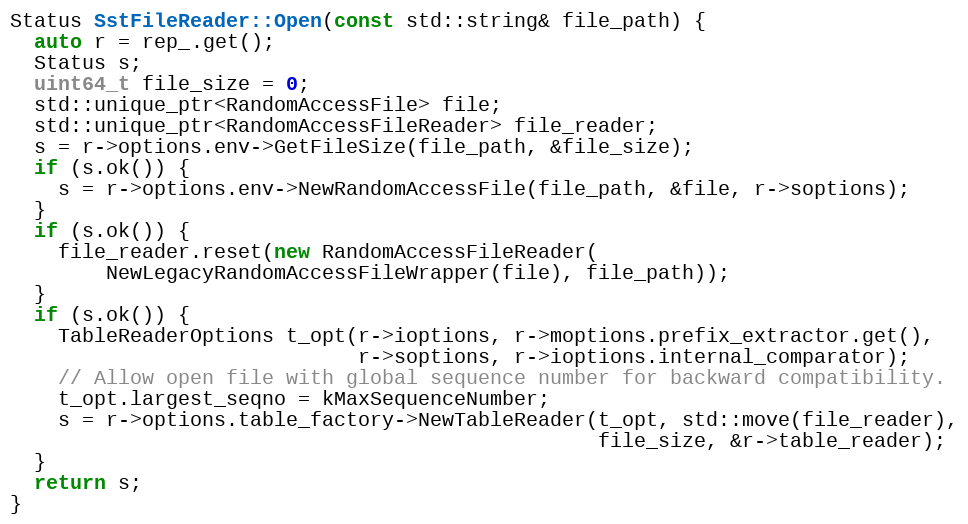
Language: C++
Status SstFileReader::Open(const std::string& file_path) {
  auto r = rep_.get();
  Status s;
  uint64_t file_size = 0;
  std::unique_ptr<RandomAccessFile> file;
  std::unique_ptr<RandomAccessFileReader> file_reader;
  s = r->options.env->GetFileSize(file_path, &file_size);
  if (s.ok()) {
    s = r->options.env->NewRandomAccessFile(file_path, &file, r->soptions);
  }
  if (s.ok()) {
    file_reader.reset(new RandomAccessFileReader(
        NewLegacyRandomAccessFileWrapper(file), file_path));
  }
  if (s.ok()) {
    TableReaderOptions t_opt(r->ioptions, r->moptions.prefix_extractor.get(),
                             r->soptions, r->ioptions.internal_comparator);
    // Allow open file with global sequence number for backward compatibility.
    t_opt.largest_seqno = kMaxSequenceNumber;
    s = r->options.table_factory->NewTableReader(t_opt, std::move(file_reader),
                                                 file_size, &r->table_reader);
  }
  return s;
}